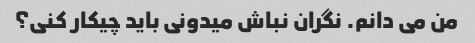
من می دانم. نگران نباش میدونی باید چیکار کنی؟